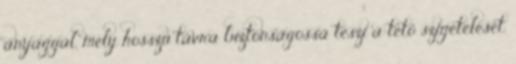
anyaggal, mely hosszú távra biztonságossá teszi a tető szigetelését.